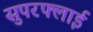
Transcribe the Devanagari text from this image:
सुपरफ्लाई